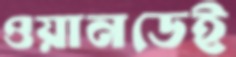
ওয়ানডেই